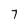
Character: 7